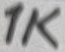
Text: 1K